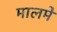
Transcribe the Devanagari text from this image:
मालमे